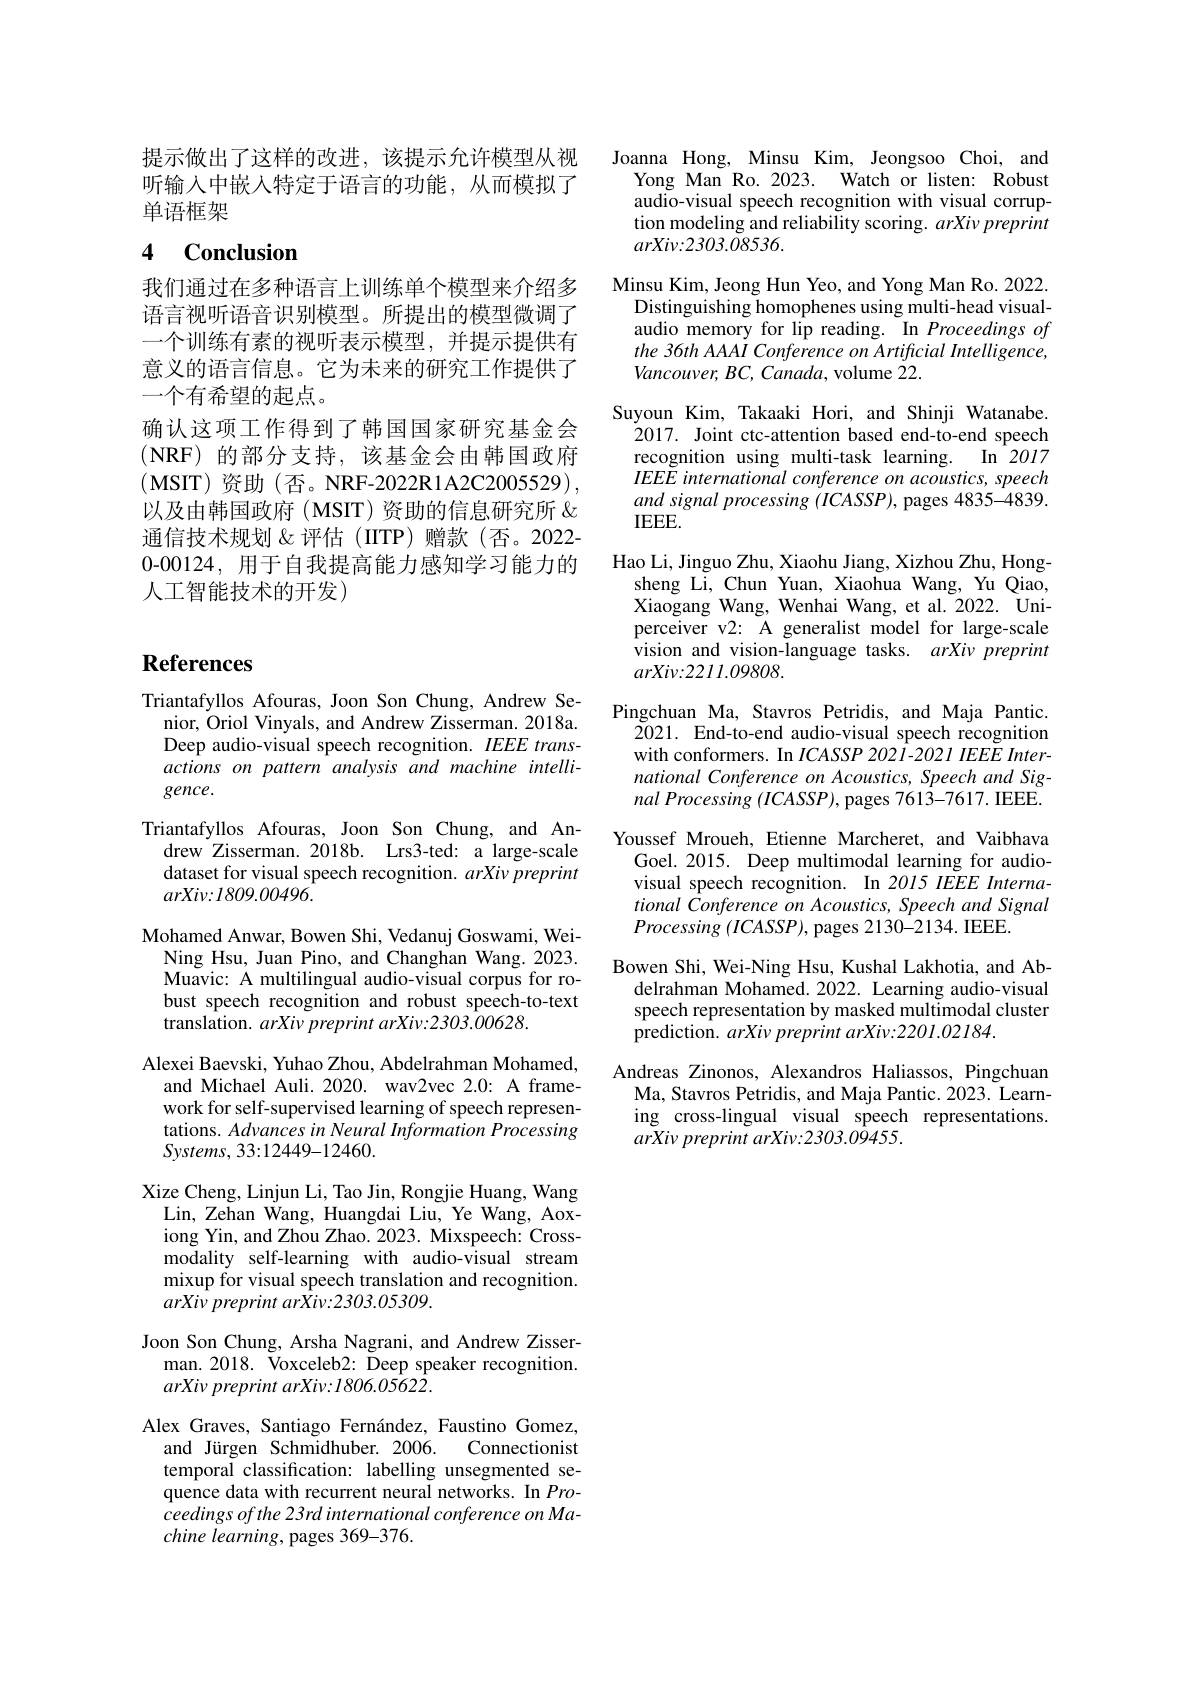
提示做出了这样的改进，该提示允许模型从视听输入中嵌人特定于语言的功能，从而模拟了单语框架

# 4 Conclusion

我们通过在多种语言上训练单个模型来介绍多语言视听语音识别模型。所提出的模型微调了一个训练有素的视听表示模型，并提示提供有意义的语言信息。它为未来的研究工作提供了一个有希望的起点。
确认这项工作得到了韩国国家研究基金会(NRF)的部分支持，该基金会由韩国政府$\left(\mathrm{MSIT}\right)$资助$\left(\text{否。NRF-2022R1A2C2005529}\right)$, 以及由韩国政府(MSIT)资助的信息研究所$\&$ 通信技术规划&评估(IITP)赠款(否。2022- 0-00124, 用于自我提高能力感知学习能力的人工智能技术的开发)

# References

Triantafyllos Afouras, Joon Son Chung, Andrew Se-
nior, Oriol Vinyals, and Andrew Zisserman. 2018a. Deep audio-visual speech recognition. $IEEE$ transactions on pattern analysis and machine intelli- $gence.$
Triantafyllos Afouras, Joon Son Chung, and An-
drew Zisserman.2018b. Lrs3-ted: a large-scale dataset for visual speech recognition. $arXi\nu$ preprint $arXiv{:}I809.00496.$
Mohamed Anwar, Bowen Shi, Vedanuj Goswami, Wei-
Ning Hsu, Juan Pino, and Changhan Wang. 2023. Muavic: A multilingual audio-visual corpus for robust speech recognition and robust speech-to-text translation. $arXivpreprintarXiv:2303.00628.$
Alexei Baevski, Yuhao Zhou, Abdelrahman Mohamed,
and Michael Auli. 2020. wav2vec 2.0: A framework for self-supervised learning of speech representations. Advances in Neural Information Processing Systems, 33:12449-12460.
Xize Cheng, Linjun Li, Tao Jin, Rongjie Huang, Wang
Lin, Zehan Wang, Huangdai Liu, Ye Wang, Aoxiong Yin, and Zhou Zhao. 2023. Mixspeech: Crossmodality self-learning with audio-visual stream mixup for visual speech translation and recognition. $arXivpreprintarXiv:2303.05309.$
Joon Son Chung, Arsha Nagrani, and Andrew Zisser-
man. 2018. Voxceleb2: Õeep speaker recognition.
arXiv preprint arXiv:1806.05622.
Alex Graves, Santiago Fernández, Faustino Gomez,
and Jürgen Schmidhuber. 2006.
Connectionist
temporal classification: labelling unsegmented sequence data with recurrent neural networks. In Proceedings of the 23rd international conference on Ma- $chine\textit{learning, pages 369- 376. }$

Joanna Hong, Minsu Kim, Jeongsoo Choi, and
Yong Man Ro.2023. Watch or listen: Robust audio-visual speech recognition with visual corruption modeling and reliability scoring. arXivpreprint $arXiv:2303.08536.$
Minsu Kim, Jeong Hun Yeo, and Yong Man Ro. 2022. Distinguishing homophenes using multi-head visualaudio memory for lip reading. In Proceedings of the 36th AAAI Conference on Artificial Intelligence, Vancouver, BC, Canada, volume 22.
Suyoun Kim, Takaaki Hori, and Shinji Watanabe
2017. Joint ctc-attention based end-to-end speech recognition using multi-task learning. In 2017 IEEE international conference on acoustics, speech and signal processing (ICASSP), pages 4835-4839. IEEEE.
Hao Li, Jinguo Zhu, Xiaohu Jiang, Xizhou Zhu, Hong-
sheng Li, Chun Yuan, Xiaohua Wang, Yu Qiao, Xiaogang Wang, Wenhai Wang, et al. 2022. Uniperceiver v2: A generalist model for large-scale vision and vision-language tasks. $arXi\nu preprint$ $arXiv:2211.09808.$
Pingchuan Ma, Stavros Petridis, and Maja Pantic.
2021. End-to-end audio-visual speech recognition with conformers. In $ICASSP$ 2021-2021 IEEE International Conference on Acoustics, Speech and Signal Processing $(ICASSP)$, pages 7613-7617. IEEE. Youssef Mroueh, Etienne Marcheret, and Vaibhava
Goel.2015. Deep multimodal learning for audiovisual speech recognition. In 2015 IEEE International Conference on Acoustics, Speech and Signal $Processing~(ICASSP),~$pages 2130-2134. IEEE.
Bowen Shi, Wei-Ning Hsu, Kushal Lakhotia, and Ab-
delrahman Mohamed. 2022. Learning audio-visual speech representation by masked multimodal cluster $\hat{\text{prediction. }}arXivpreprintarXiv:2201.02184.$
Andreas Zinonos, Alexandros Haliassos, Pingchuan
Ma, Stavros Petridis, and Maja Pantic. 2023. Learning cross-lingual visual speech representations. $arXiv\textit{ preprint arXiv: 2303. 09455}.$